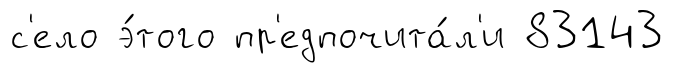
с'ело э́того пр'едпочита́л'и 83143